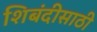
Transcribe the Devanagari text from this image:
शिबंदीसाठी